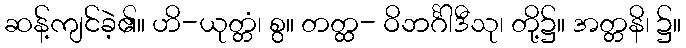
ဆန့်ကျင်ခဲ့၏။ ဟိ-ယုတ္တံ၊ စွ။ တတ္ထ- ဝိဘင်္ဂါဒီသု၊ တို့၌။ အတ္တနိ၊ ၌။